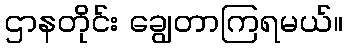
ဌာနတိုင်း ချွေတာကြရမယ်။